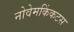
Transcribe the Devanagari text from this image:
नोवेमकिंकटस